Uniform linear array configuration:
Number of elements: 8
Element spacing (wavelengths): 0.5
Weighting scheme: hann
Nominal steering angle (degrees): -15
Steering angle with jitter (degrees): -15.635
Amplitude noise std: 0.05
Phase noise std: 0.05

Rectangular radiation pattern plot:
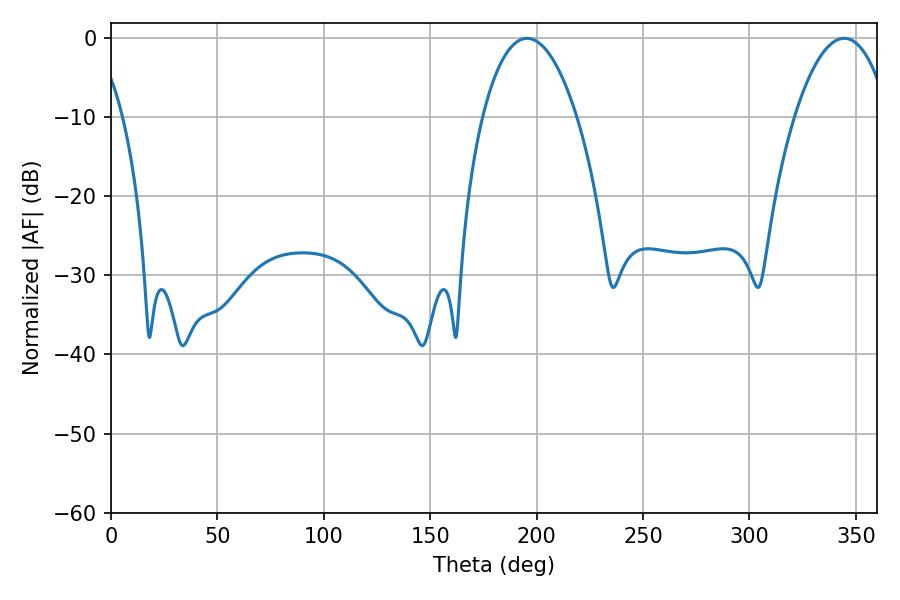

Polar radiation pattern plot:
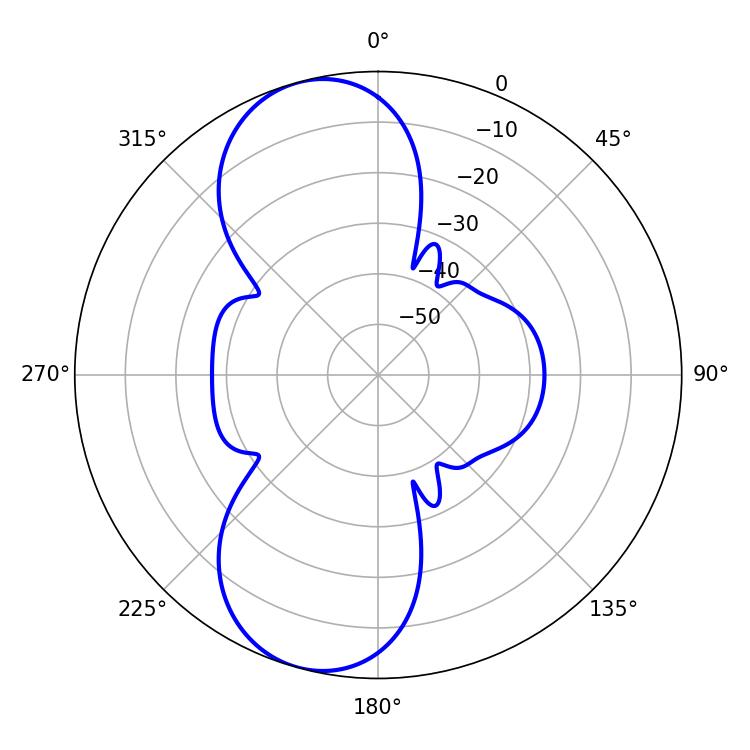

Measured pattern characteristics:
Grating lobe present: FALSE
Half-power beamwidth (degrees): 24.84
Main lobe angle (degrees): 195.48